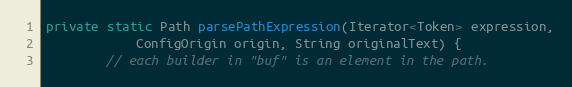
Language: Java
private static Path parsePathExpression(Iterator<Token> expression,
            ConfigOrigin origin, String originalText) {
        // each builder in "buf" is an element in the path.